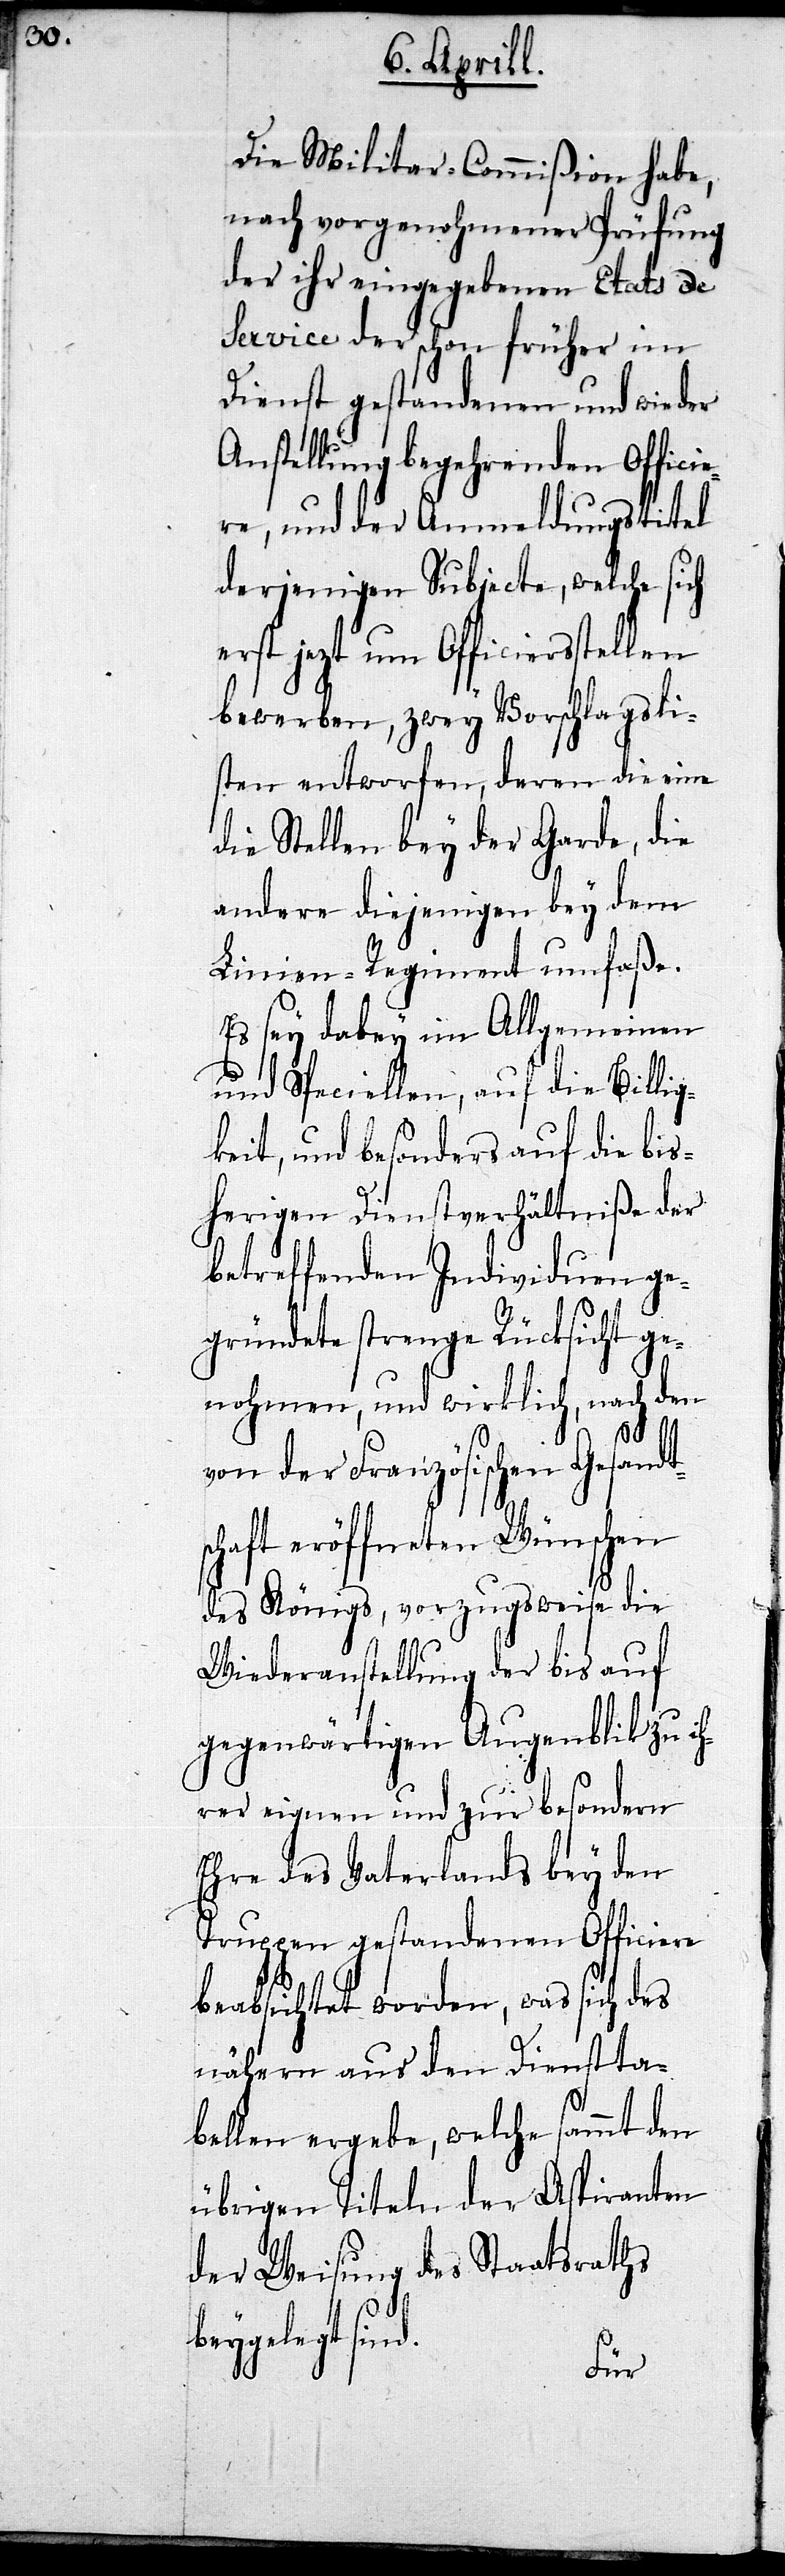
Die Militar-Commißion habe,
nach vorgenohmener Prüfung
der ihr eingegebenen Etats de
Service der schon früher im
Dienst gestandenen und wieder
Anstellung begehrenden Officie¬
re, und der Anmeldungstitel
derjenigen Subjecte, welche sich
erst jezt um Officiersstellen
bewerben, zwey Vorschlagsli¬
sten entworfen, deren die eine
die Stellen bey der Garde, die
andre diejenige bey dem
Linien-Regiment umfaße.
Es sey dabey im Allgemeinen
und Speciellen, auf die Billig¬
keit, und besonders auf die bis¬
herigen Dienstverhältniße der
betreffenden Individuen ge¬
gründete strenge Rücksicht ge¬
nohmen, und wirklich, nach den
sc¬
von der Französischen Gesandt¬
haft eröffneten Wünschen
des Königs, vorzugsweise die
Wiederanstellung der bis auf
gegenwärtigen Augenblick zu ih¬
rer eignen und zur besondern
Ehre des Vaterlands bey den
Truppen gestandenen Officiere
beabsichtigt worden, was sich des
nähern aus den Dienstta¬
bellen ergebe, welche sammt den
übrigen Titeln der Aspiranten
der Weisung des Staatsraths
beygelegt sind.